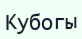
Кубогы